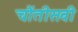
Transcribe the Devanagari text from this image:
चौंतीसवी